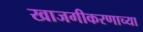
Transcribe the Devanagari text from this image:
खाजगीकरणाच्या